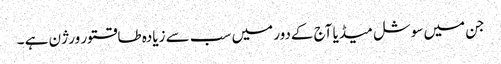
جن میں سوشل میڈیا آج کےدور میں سب سے زیادہ طاقتور ورژن ہے ۔